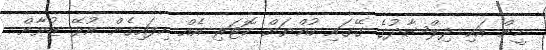
ހީން އަކި ދިލްޝާދުގެ ގޭގައި ކުއްޔަށް ކޮޓަރި އެއް ހިފައިގެން އުޅޭ ޒުވާން